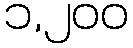
၁,၂၀၀